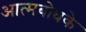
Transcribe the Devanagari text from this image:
आत्मबोधके